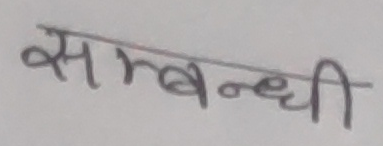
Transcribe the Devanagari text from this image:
सम्बन्धी